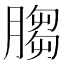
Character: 䐢